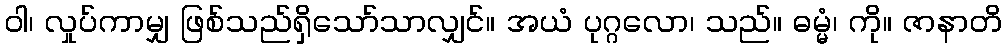
ဝါ၊ လှုပ်ကာမျှ ဖြစ်သည်ရှိသော်သာလျှင်။ အယံ ပုဂ္ဂလော၊ သည်။ ဓမ္မံ၊ ကို။ ဇာနာတိ